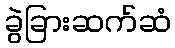
ခွဲခြားဆက်ဆံ